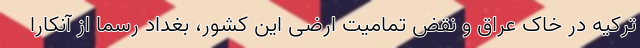
ترکیه در خاک عراق و نقض تمامیت ارضی این کشور، بغداد رسما از آنکارا